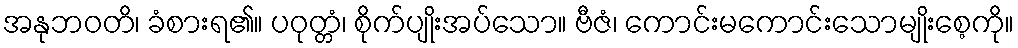
အနုဘဝတိ၊ ခံစားရ၏။ ပဝုတ္တံ၊ စိုက်ပျိုးအပ်သော။ ဗီဇံ၊ ကောင်းမကောင်းသောမျိုးစေ့ကို။